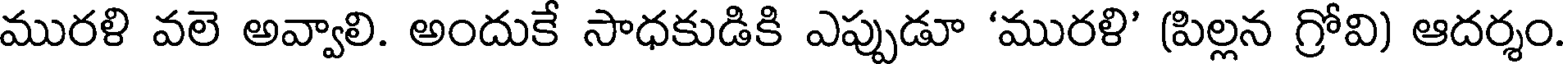
మురళి వలె అవ్వాలి. అందుకే సాధకుడికి ఎప్పుడూ 'మురళి' (పిల్లన గ్రోవి) ఆదర్శం